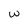
Character: w